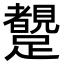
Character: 𨇜